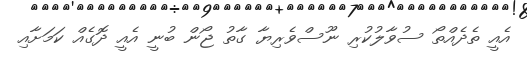
އެއީ ތެދެއްތޯ ސުވާލުކުރި ނޫސްވެރިޔާ ގާތު ޖޯން ބުނީ އެއީ ދޮގެއް ކަމަށާއި